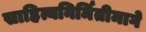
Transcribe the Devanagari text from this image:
साहित्यनिर्मितीमागे